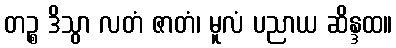
တဉ္စ ဒိသွာ လတံ ဇာတံ၊ မူလံ ပညာယ ဆိန္ဒထ။